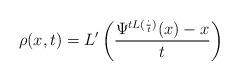
LaTeX: \begin{align*}\rho(x,t)=L'\left(\frac{\Psi^{tL(\frac{\cdot}{t})}(x)-x}{t}\right)\end{align*}